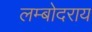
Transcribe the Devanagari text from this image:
लम्बोदराय